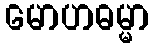
မောဟဓမ္မာ